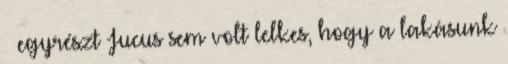
– egyrészt Jucus sem volt lelkes, hogy a lakásunk